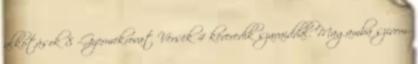
alkotások 8 -Gyermekrovat Versek 4 keveredik szavaiddal. Magamba szívom.